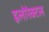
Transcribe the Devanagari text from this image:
इलोरेक्टल